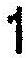
1